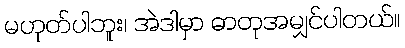
မဟုတ်ပါဘူး၊ အဲဒါမှာ ဓာတုအမျှင်ပါတယ်။